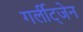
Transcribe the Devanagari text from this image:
गर्लीट्जेन